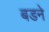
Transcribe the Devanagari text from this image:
बडने